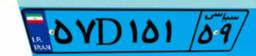
۶۷D۴۳۹۲۹